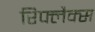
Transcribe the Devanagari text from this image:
रिफ्लैक्‍स